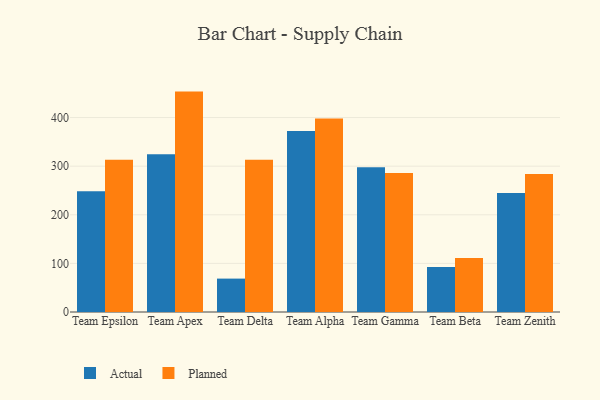
{"axis": {"x": "Team", "y": "Demand Index"}, "legend": ["Actual", "Planned"], "data": [{"x": "Team Epsilon", "y": 248.3, "type": "Actual"}, {"x": "Team Epsilon", "y": 313.0, "type": "Planned"}, {"x": "Team Apex", "y": 324.5, "type": "Actual"}, {"x": "Team Apex", "y": 453.4, "type": "Planned"}, {"x": "Team Delta", "y": 68.7, "type": "Actual"}, {"x": "Team Delta", "y": 313.2, "type": "Planned"}, {"x": "Team Alpha", "y": 372.5, "type": "Actual"}, {"x": "Team Alpha", "y": 398.0, "type": "Planned"}, {"x": "Team Gamma", "y": 297.8, "type": "Actual"}, {"x": "Team Gamma", "y": 285.8, "type": "Planned"}, {"x": "Team Beta", "y": 92.8, "type": "Actual"}, {"x": "Team Beta", "y": 111.2, "type": "Planned"}, {"x": "Team Zenith", "y": 244.9, "type": "Actual"}, {"x": "Team Zenith", "y": 283.8, "type": "Planned"}]}